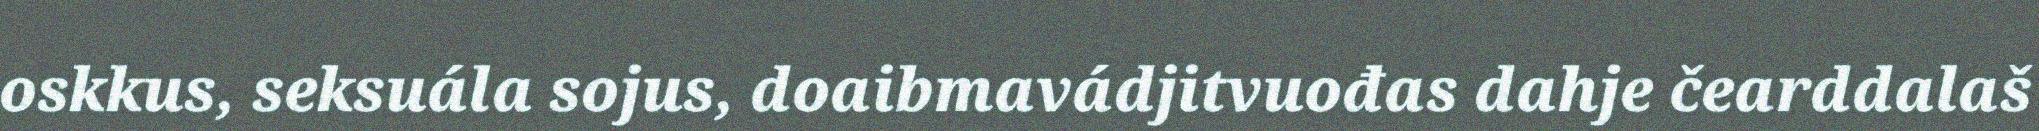
oskkus, seksuála sojus, doaibmavádjitvuođas dahje čearddalaš